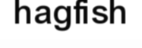
hagfish